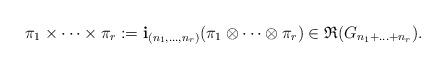
LaTeX: \begin{align*}\pi_1\times\cdots\times \pi_r := \mathbf{i}_{(n_1,\ldots,n_r)}(\pi_1\otimes\cdots\otimes \pi_r)\in \mathfrak{R}(G_{n_1+\ldots+n_r}).\end{align*}